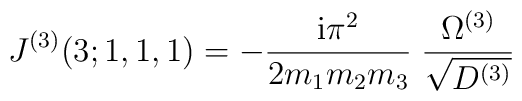
J^{(3)}(3;1,1,1) = -\frac{\mbox{i} \pi^2}{2 m_1 m_2 m_3} \;                    \frac{\Omega^{(3)}}{\sqrt{D^{(3)}}}